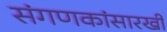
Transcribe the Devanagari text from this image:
संगणकांसारखी